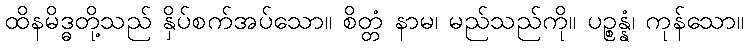
ထိနမိဒ္ဓတို့သည် နှိပ်စက်အပ်သော။ စိတ္တံ နာမ၊ မည်သည်ကို။ ပဉ္စန္နံ၊ ကုန်သော။